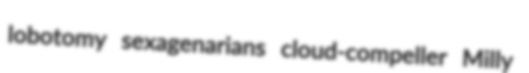
lobotomy sexagenarians cloud-compeller Milly